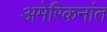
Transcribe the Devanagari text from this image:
अमेरिकनांत